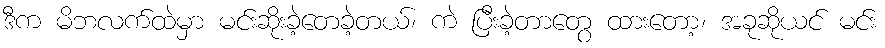
ဒီက မိဘလက်ထဲမှာ မင်းဆိုးခဲ့တေခဲ့တယ်၊ ကဲ ပြီးခဲ့တာတွေ ထားတော့၊ အခုဆိုယင် မင်း